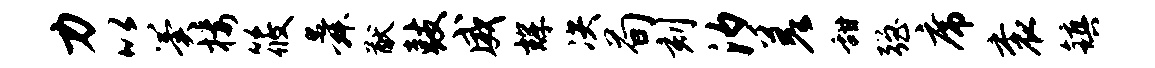
力以翼楼筱舜猷鼓威辉决荀刻汐差甜强席衮镇